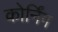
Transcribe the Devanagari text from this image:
कोर्निंग